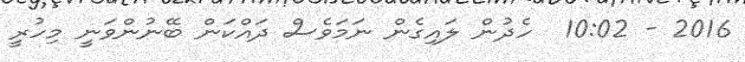
2016 - 10:02  ހެދުން ލައިގެން ނަމަވެސް ދައްކަން ބޭނުންވަނީ މިހުރީ